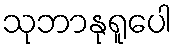
သုဘာနုရူပေါ